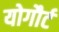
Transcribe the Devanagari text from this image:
योगौर्ट